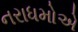
નરાધમોએ